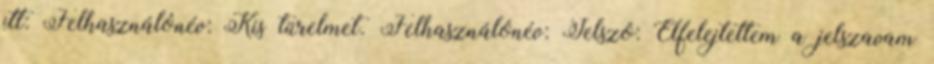
itt: Felhasználónév: Kis türelmet. Felhasználónév: Jelszó: Elfelejtettem a jelszavam